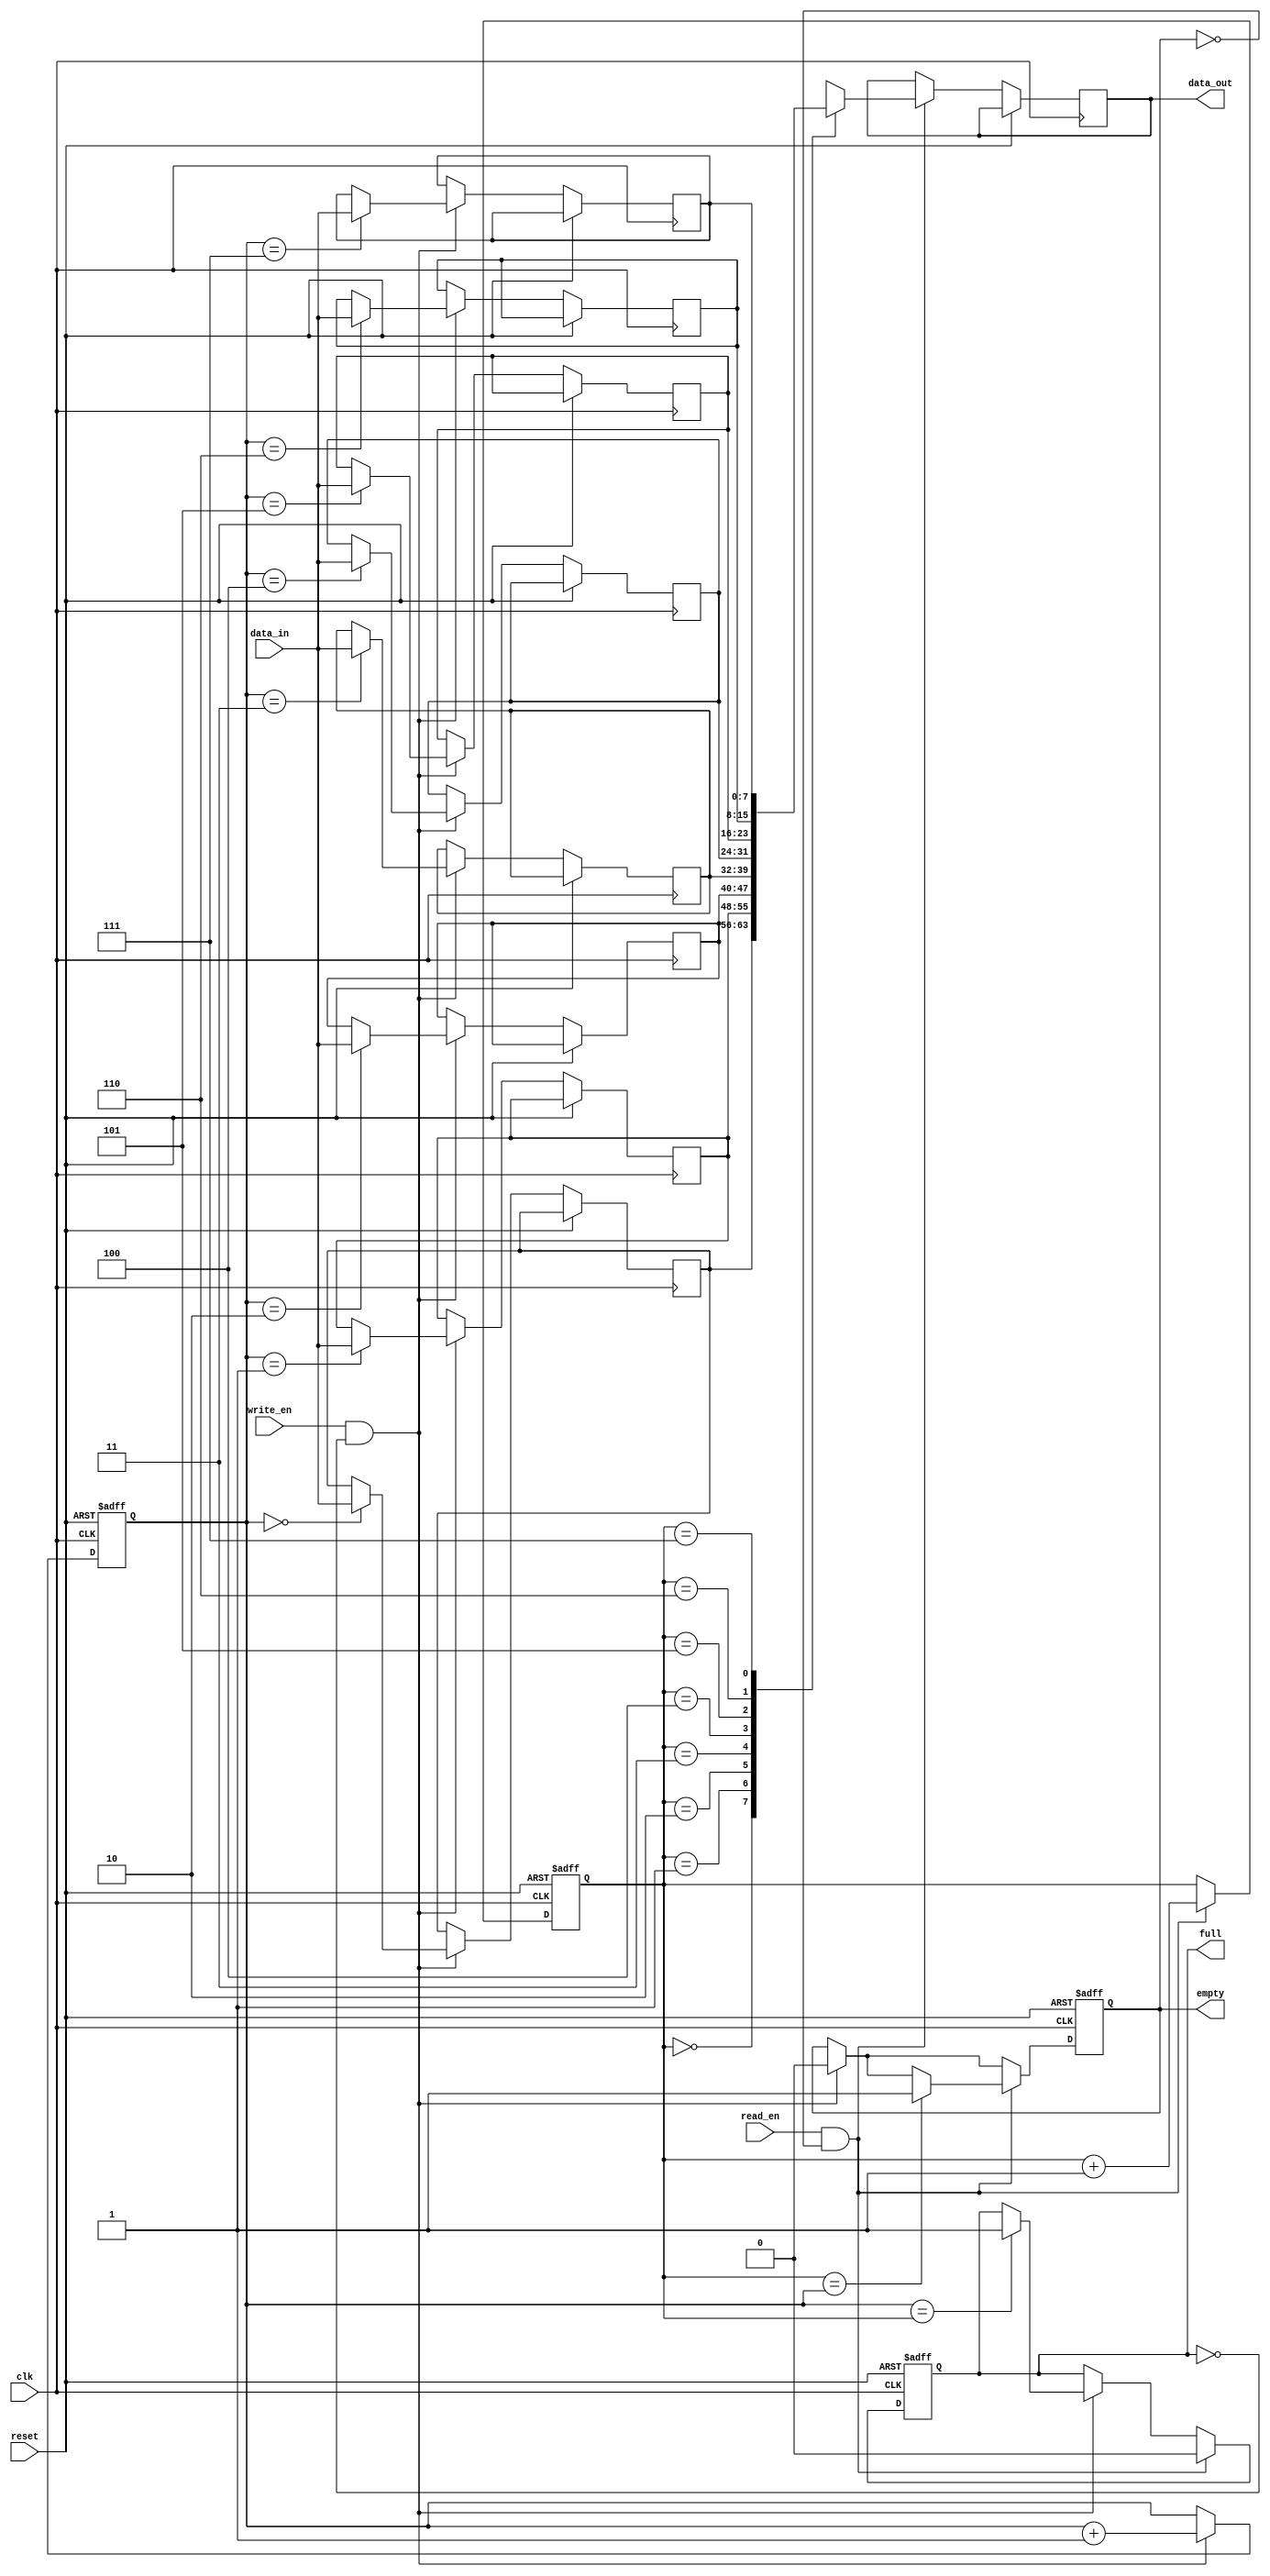
module gray_fifo (
    input wire clk,
    input wire reset,
    input wire write_en,
    input wire read_en,
    input wire [7:0] data_in,
    output reg [7:0] data_out,
    output reg full,
    output reg empty
);

reg [2:0] write_ptr;
reg [2:0] read_ptr;
reg [7:0] buffer [7:0];

initial begin
    write_ptr <= 3'b000;
    read_ptr <= 3'b000;
    full <= 0;
    empty <= 1;
end

always @(posedge clk or posedge reset) begin
    if (reset) begin
        write_ptr <= 3'b000;
        read_ptr <= 3'b000;
        full <= 0;
        empty <= 1;
    end else begin
        if (write_en && !full) begin
            buffer[write_ptr] <= data_in;
            write_ptr <= write_ptr + 1;
            if (write_ptr == read_ptr) begin
                full <= 1;
            end
            empty <= 0;
        end
        
        if (read_en && !empty) begin
            data_out <= buffer[read_ptr];
            read_ptr <= read_ptr + 1;
            if (read_ptr == write_ptr) begin
                empty <= 1;
            end
            full <= 0;
        end
    end
end

endmodule